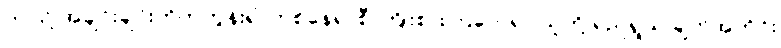
ဤသို့ အချင်းချင်းတိုက်တွန်း၍ တစ်နေရာစီ ကြိုးစားကြလေရာ သူတို့ ရည်ရွယ် ချက်အတိုင်း